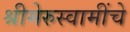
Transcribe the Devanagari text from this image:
श्रीमेरुस्वामींचे